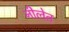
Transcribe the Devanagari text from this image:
नीलेत